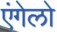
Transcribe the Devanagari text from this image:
एंगेलो